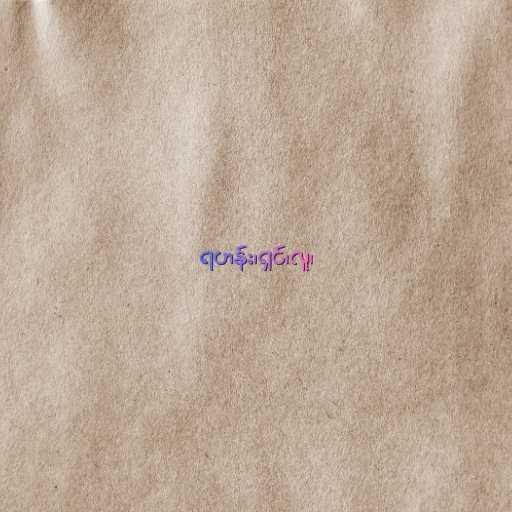
ရဟန်း၊ရှင်၊လူ၊